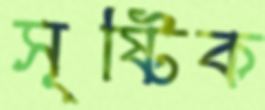
সৃষ্টিক